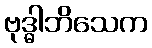
ဗုဒ္ဓါဘိသေက